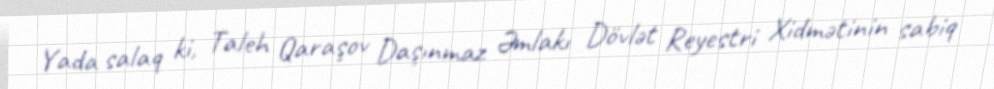
Yada salaq ki, Taleh Qaraşov Daşınmaz Əmlakı Dövlət Reyestri Xidmətinin sabiq